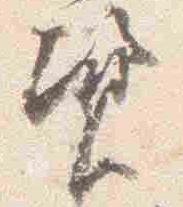
資